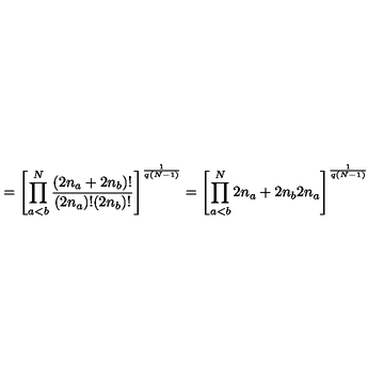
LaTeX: = \left[ \prod _ { a < b } ^ { N } \frac { ( 2 n _ { a } + 2 n _ { b } ) ! } { ( 2 n _ { a } ) ! ( 2 n _ { b } ) ! } \right] ^ { \frac { 1 } { q ( N - 1 ) } } = \left[ \prod _ { a < b } ^ { N } { \binom { 2 n _ { a } + 2 n _ { b } } { 2 n _ { a } } } \right] ^ { \frac { 1 } { q ( N - 1 ) } }